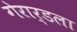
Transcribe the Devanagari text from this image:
गेरार्डला